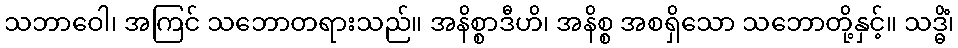
သဘာဝေါ၊ အကြင် သဘောတရားသည်။ အနိစ္စာဒီဟိ၊ အနိစ္စ အစရှိသော သဘောတို့နှင့်။ သဒ္ဓိံ၊